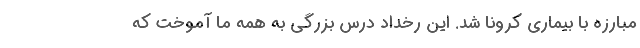
مبارزه با بیماری کرونا شد. این رخداد درس بزرگی به همه ما آموخت که